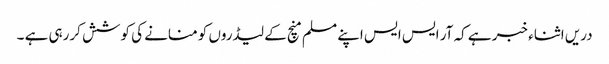
دریں اثناء خبر ہے کہ آر ایس ایس اپنے مسلم منچ کے لیڈروں کو منانے کی کوشش کررہی ہے ۔